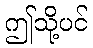
ဤသို့ပင်